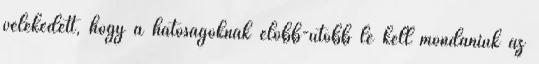
vélekedett, hogy a hatóságoknak előbb-utóbb le kell mondaniuk az